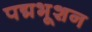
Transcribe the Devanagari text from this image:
पद्मभूशन